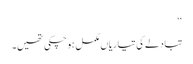
‘‘
تبادلے کی تیاریاں مکمل ہوچکی تھیں۔